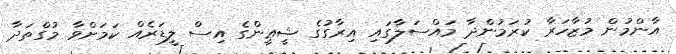
އާންމުން މުޒާހަރާ ކުރަމުންދާ މައްސަލާގައި އިރާގުގެ ޝީޢީންގެ އިސް ލީޑަރެއް ކަމަށްވާ މުގްތަދާ